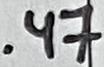
Text: .47